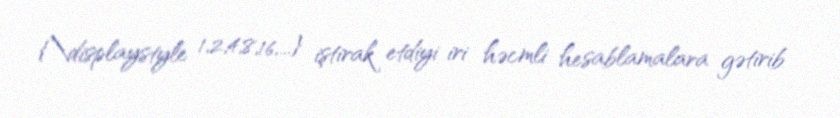
{\displaystyle 1,2,4,8,16,...} iştirak etdiyi iri həcmli hesablamalara gətirib